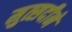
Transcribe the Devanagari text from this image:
मुत्सदीने